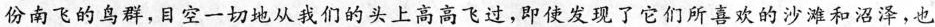
份南飞的鸟群，目空一切地从我们的头上高高飞过，即使发现了它们所喜欢的沙滩和沼泽，也